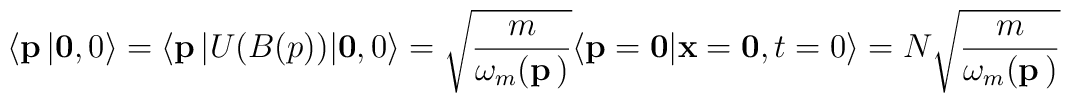
\langle {\bf p}\, \vert {\bf 0} ,0 \rangle =\langle {\bf p}\, \vert U(B(p) ) \vert {\bf 0} ,0 \rangle = \sqrt{{m \over \omega_m ({\bf p} \,)} }\langle {\bf p}={\bf 0} \vert {\bf x}={\bf 0},t=0 \rangle =N \sqrt{{m \over \omega_m ({\bf p} \,)} }